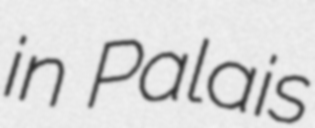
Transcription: in Palais